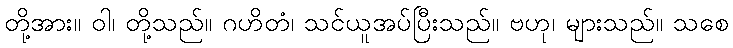
တို့အား။ ဝါ၊ တို့သည်။ ဂဟိတံ၊ သင်ယူအပ်ပြီးသည်။ ဗဟု၊ များသည်။ သစေ